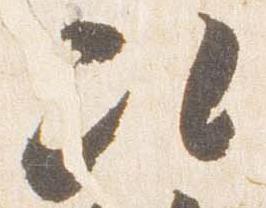
次